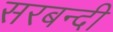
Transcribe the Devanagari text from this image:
सरबन्दी